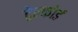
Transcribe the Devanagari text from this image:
ट्रेल्फोर्ड